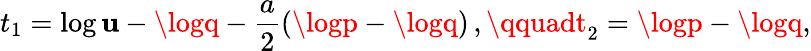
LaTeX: t_{1}=\log\mathbf{u}-\logq-\frac{{a}}{{2}}(\logp-\logq)\, ,\qquadt_{2}=\logp-\logq,